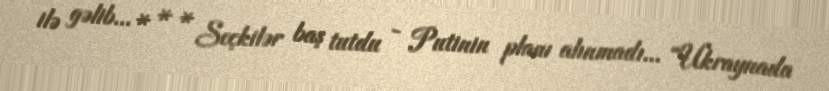
ilə gəlib... * * * Seçkilər baş tutdu - Putinin planı alınmadı... “Ukraynada